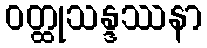
ဝတ္ထုသန္ဒဿနာ